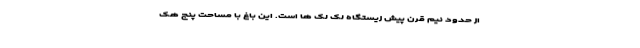
از حدود نیم قرن پیش زیستگاه لک لک ها است. این باغ با مساحت پنج هک